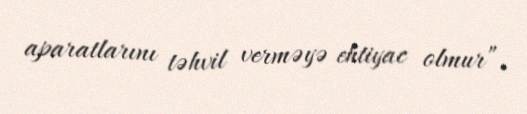
aparatlarını təhvil verməyə ehtiyac olmur”.